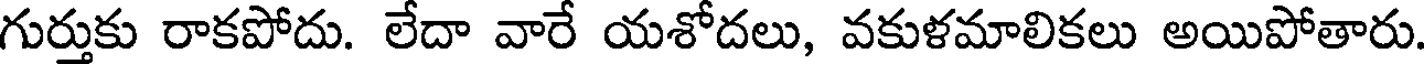
గుర్తుకు రాకపోదు. లేదా వారే యశోదలు, వకుళమాలికలు అయిపోతారు